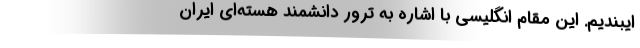
ایبندیم. این مقام انگلیسی با اشاره به ترور دانشمند هسته‌ای ایران